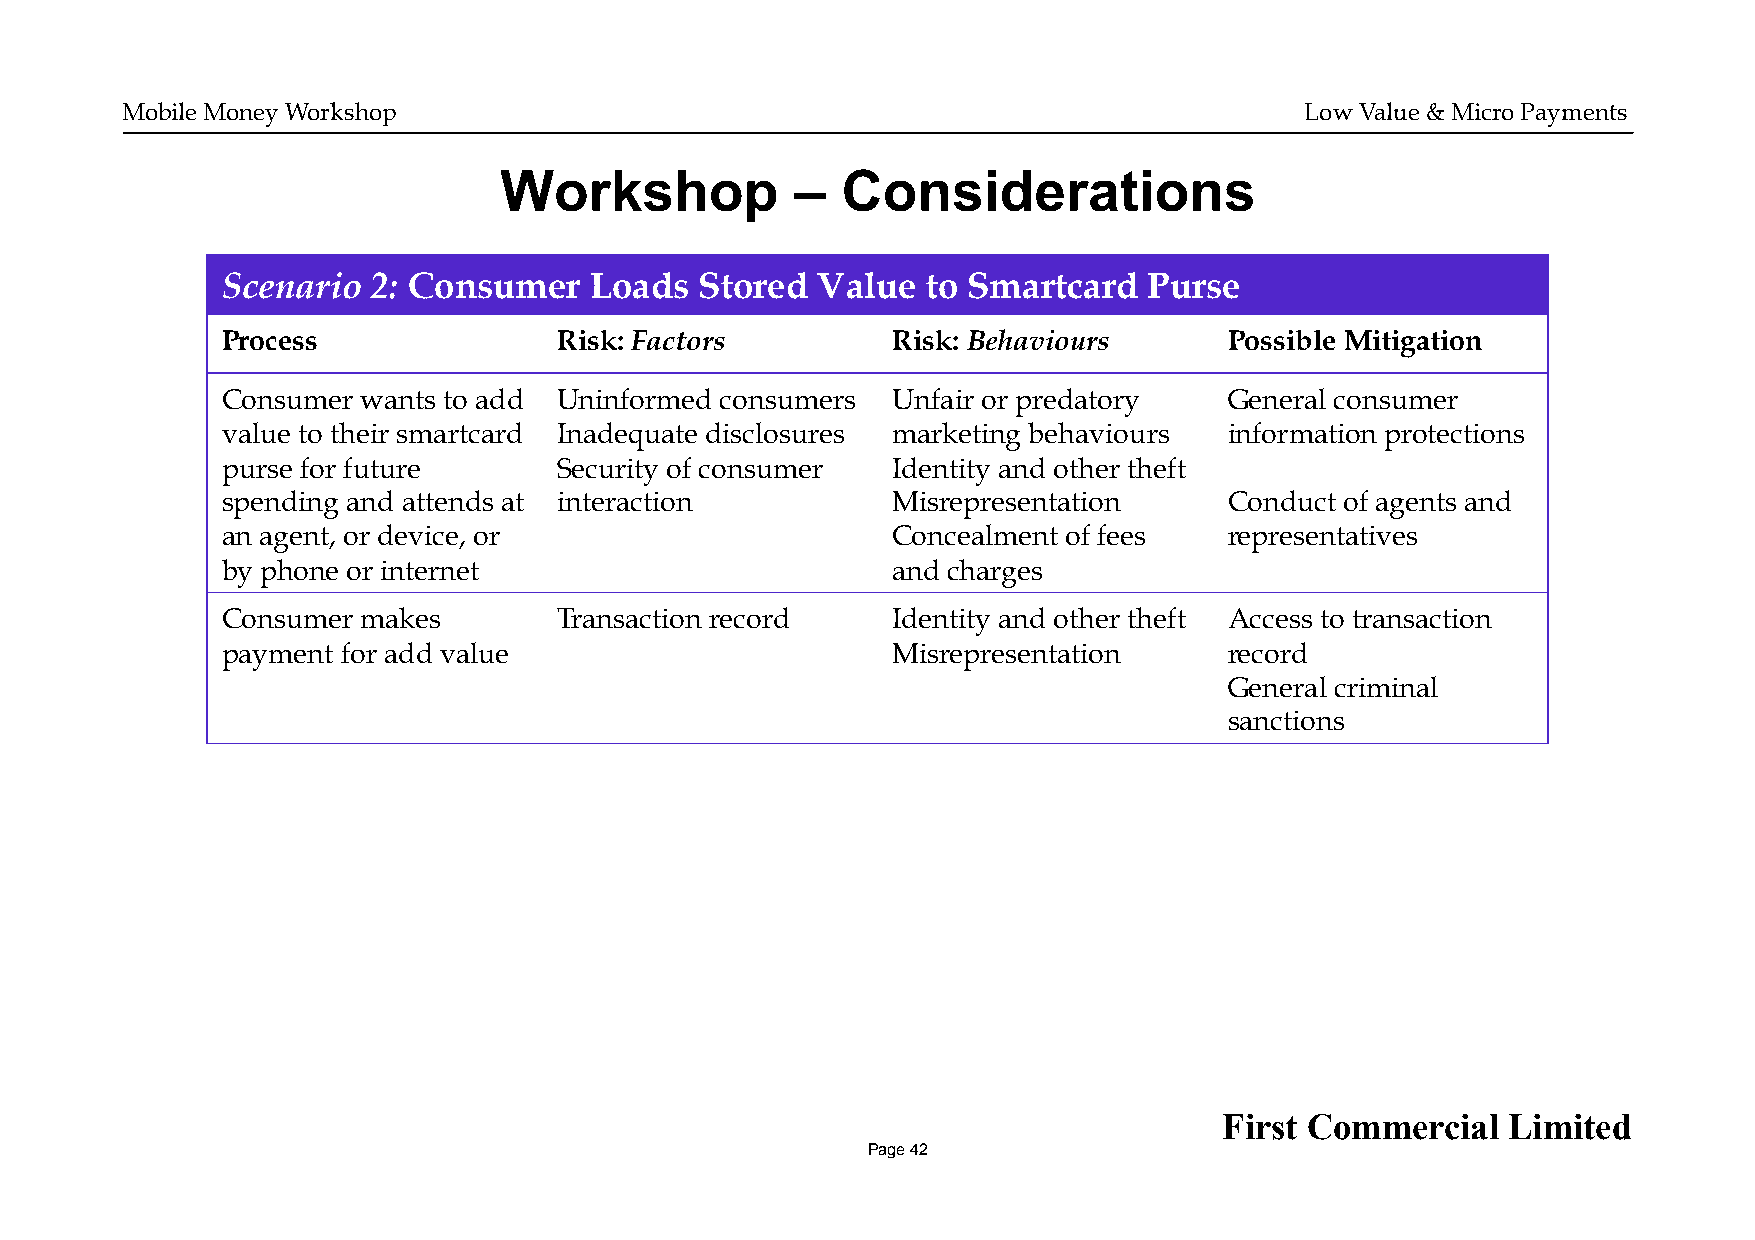
Mobile Money Workshop                                                         Low Value & Micro Payments
 Workshop            –  Considerations
 Scenario  2: Consumer   Loads  Stored  Value  to Smartcard   Purse
 Process               Risk: Factors         Risk: Behaviours      Possible Mitigation
 Consumer wants to add Uninformed consumers  Unfair or predatory   General consumer
 value to their smartcard Inadequate disclosures marketing behaviours information protections
 purse for future      Security of consumer  Identity and other theft
 spending and attends at interaction         Misrepresentation     Conduct of agents and
 an agent, or device, or                     Concealment of fees   representatives
 by phone or internet                        and charges
 Consumer makes        Transaction record    Identity and other theft Access to transaction
 payment for add value                       Misrepresentation     record
 General criminal
 sanctions
 First Commercial   Limited
 Page 42